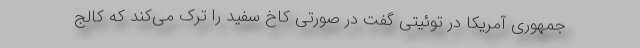
جمهوری آمریکا در توئیتی گفت در صورتی کاخ سفید را ترک می‌کند که کالج